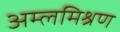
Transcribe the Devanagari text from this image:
अम्लमिश्रण